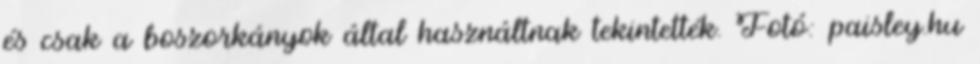
és csak a boszorkányok által használtnak tekintették. Fotó: paisley.hu